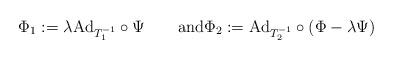
LaTeX: \begin{align*} \Phi_1:=\lambda \mathrm{Ad}_{T_1^{-1}}\circ\Psi \qquad\mbox{and} \Phi_2:= \mathrm{Ad}_{T_2^{-1}}\circ (\Phi-\lambda \Psi) \end{align*}